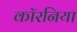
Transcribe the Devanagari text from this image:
कॉरनिया